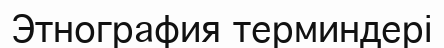
Этнография терминдері